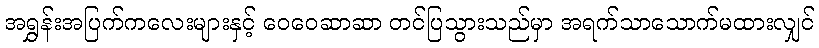
အရွှန်းအပြက်ကလေးများနှင့် ဝေဝေဆာဆာ တင်ပြသွားသည်မှာ အရက်သာသောက်မထားလျှင်